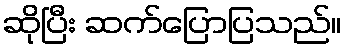
ဆိုပြီး ဆက်ပြောပြသည်။